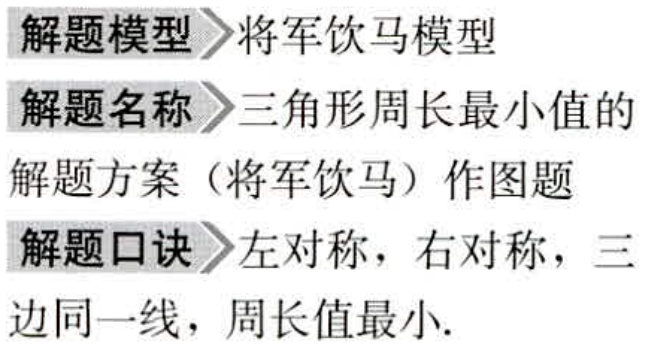
解题模型>将军饮马模型

解题名称>三角形周长最小值的

解题方案（将军饮马）作图题

解题口诀>左对称，右对称，三

边同一线，周长值最小.